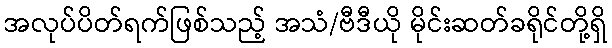
အလုပ်ပိတ်ရက်ဖြစ်သည့် အသံ/ဗီဒီယို မိုင်းဆတ်ခရိုင်တို့ရှိ